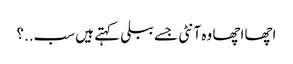
اچھا اچھا وہ آنٹی جسے ببلی کہتے ہیں سب..؟